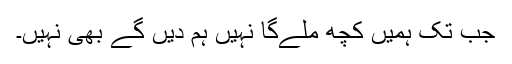
جب تک ہمیں کچھ ملےگا نہیں ہم دیں گے بھی نہیں۔